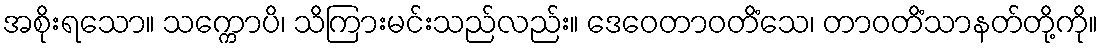
အစိုးရသော။ သက္ကောပိ၊ သိကြားမင်းသည်လည်း။ ဒေဝေတာဝတိံသေ၊ တာဝတိံသာနတ်တို့ကို။